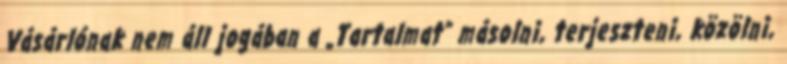
Vásárlónak nem áll jogában a „Tartalmat” másolni, terjeszteni, közölni,